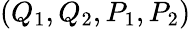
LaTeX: (Q_{1},Q_{2},P_{1},P_{2})